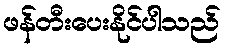
ဖန်တီးပေးနိုင်ပါသည်